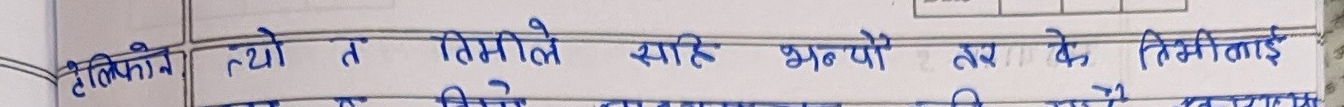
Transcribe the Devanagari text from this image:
टेलिफोन यो त तिमिले सहि भन्यौ तर के तिमिहरुलाई